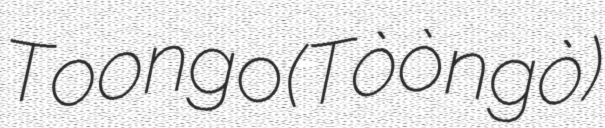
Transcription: Toongo (Tòòngò)